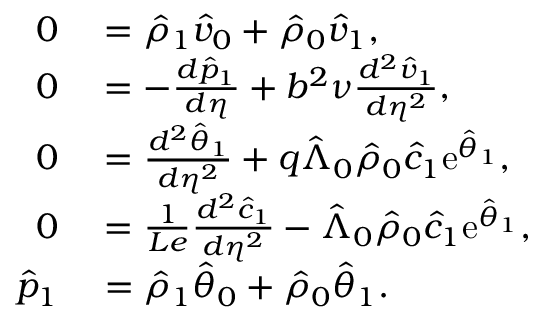
\begin{array} { r l } { 0 } & { { } = \hat { \rho } _ { 1 } \hat { v } _ { 0 } + \hat { \rho } _ { 0 } \hat { v } _ { 1 } , } \\ { 0 } & { { } = - \frac { d \hat { p } _ { 1 } } { d \eta } + b ^ { 2 } \nu \frac { d ^ { 2 } \hat { v } _ { 1 } } { d \eta ^ { 2 } } , } \\ { 0 } & { { } = \frac { d ^ { 2 } \hat { \theta } _ { 1 } } { d \eta ^ { 2 } } + q \hat { \Lambda } _ { 0 } \hat { \rho } _ { 0 } \hat { c } _ { 1 } \mathrm { e } ^ { \hat { \theta } _ { 1 } } , } \\ { 0 } & { { } = \frac { 1 } { L e } \frac { d ^ { 2 } \hat { c } _ { 1 } } { d \eta ^ { 2 } } - \hat { \Lambda } _ { 0 } \hat { \rho } _ { 0 } \hat { c } _ { 1 } \mathrm { e } ^ { \hat { \theta } _ { 1 } } , } \\ { \hat { p } _ { 1 } } & { { } = \hat { \rho } _ { 1 } \hat { \theta } _ { 0 } + \hat { \rho } _ { 0 } \hat { \theta } _ { 1 } . } \end{array}